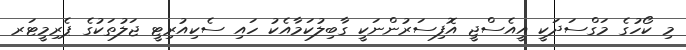
މި ކޯހުގެ މަގްސަދަކީ އީއެސްޖީ އޮފިސަރުންނަކީ ގާބިލުކަމާއެކު ހައި ސެކިއުރިޓީ ޖަލުތަކުގެ ޕެރިމީޓަރ